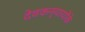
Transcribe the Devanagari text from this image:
देवकन्यायोंके